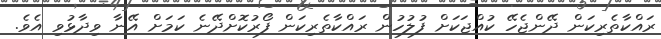
ރައްކާތެރިކަން ދޭންޖެހޭ ކުއްޖަކަށް ފުލުހުން ރައްކާތެރިކަން ފޯރުކޮށްދޭނެ ކަމަށް އޭނާ ވިދާޅުވި އެވެ.